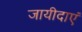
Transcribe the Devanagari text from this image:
जायीदाएं